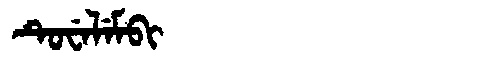
Manchu: ᡨᡠᠸᡝᠯᡝᠮᠪᡳ
Romanization: TUWELEMBI